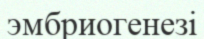
эмбриогенезі